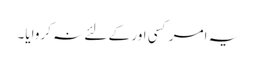
یہ اَمر کسی اور کے لئے نہ کروایا۔